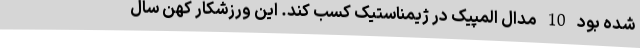
شده بود 10 مدال المپیک در ژیمناستیک کسب کند. این ورزشکار کهن سال